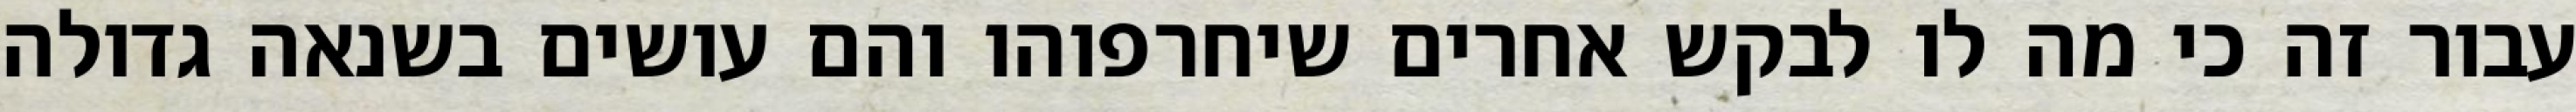
עבור זה כי מה לו לבקש אחרים שיחרפוהו והם עושים בשנאה גדולה